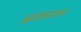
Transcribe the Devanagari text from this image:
द्रवावर